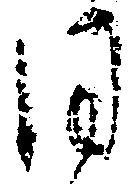
同